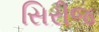
સિરીજ